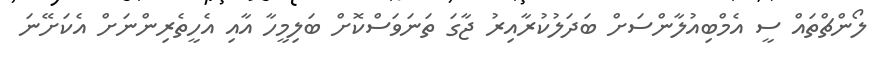
ލޯންޗްތައް ސީ އެމްބިއުލާންސަށް ބަދަލުކުރާއިރު ޖާގަ ތަނަވަސްކޮށް ބަލިމީހާ އާއި އެހީތެރިންނަށް އެކަށޭނަ